Annual report on the working of the mental hospitals in the Madras Presidency - 1912-1932
Year: 1912
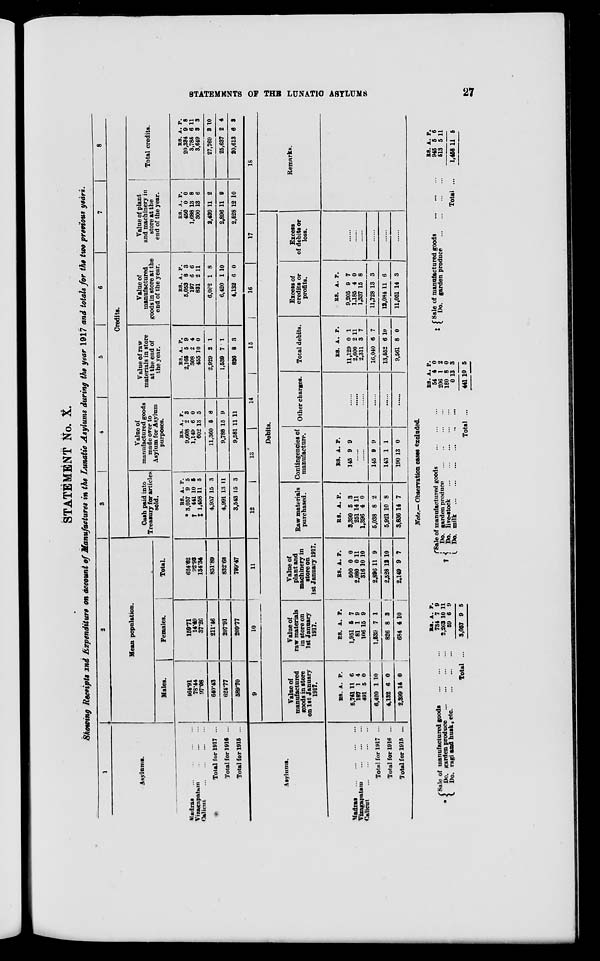
STATEMENTS OF THE LUNATIC ASYLUMS
27
STATEMENT No. X.
Showing Receipts and Expenditure on account of Manufactures in the Lunatic Asylums during the year 1917 and totals for the two previous years.
1
Asylums.
Madras
...
...
...
...
Vizagapatam
...
...
...
Calicut
...
...
...
...
Total for 1917 ...
Total for 1916 ...
Total for 1915 ...
2
Mean population.
Males.
464.91
78.44
97.08
640.43
624.77
589.70
Females.
159.71
14.49
37.26
211.46
207.91
209.77
Total.
624.62
92.98
134.34
851.89
832.68
799.47
3
4
5
6
7
8
Credits.
Cash paid into
Treasury for articles
sold.
RS.
* 3,057
† 441
‡ 1,458
4,957
4,991
3,543
A.
9
10
11
15
13
15
P.
5
5
5
3
11
3
Value of
manufactured goods
made over to
Asylum for Asylum
purposes.
RS.
9,608
1,149
602
11,360
9,788
9,581
A.
2
6
13
5
15
11
P.
3
0
5
8
9
11
Value of raw
materials in store
at the end of
the year.
RS.
2,165
308
455
2,929
1,539
826
A.
5
2
10
2
7
8
P.
9
4
0
1
1
3
Value of
manufactured
goods in store at the
end of the year.
RS.
5,053
197
831
6,082
6,420
4,132
A.
8
6
2
1
1
6
P.
3
6
11
8
10
0
Value of plant
and machinery in
store at the
end of the year.
RS.
450
1,688
300
2,439
2,896
2,528
A.
0
13
13
11
11
12
P.
0
8
6
2
9
10
Total credits.
RS.
20,334
3,785
3,649
27,769
25,637
20,613
A.
9
6
3
3
2
6
P.
8
11
3
10
4
3
Asylums.
Madras ... ... ... ...
Vizagapatam ... ... ...
Calicut ... ... ... ...
Total for 1917 ...
Total for 1916 ...
Total for 1915 ...
9
10
11
12
13
14
15
16
17
Debits.
Value of
manufactured
goods in store
on 1st January
1917.
RS.
5,741
187
491
6,420
4,132
2,399
A.
11
1
5
1
6
14
P.
6
4
0
10
0
0
Value of
raw materials
in store on
1st January
1917.
RS.
1,951
81
106
1,539
826
684
A.
5
1
15
7
8
4
P.
7
9
9
1
3
10
Value of
plant and
machinery in
store on
1st January 1917.
RS.
500
2,080
316
2,896
2,528
2,149
A.
0
0
10
11
12
9
P.
0
11
10
9
10
7
Raw materials
purchased.
RS.
3,390
251
1,396
5,038
5,921
3,836
A.
5
14
4
8
10
14
P.
3
11
0
2
8
7
Contingencies of
manufacture.
RS.
145
A.
9
P.
9
......
......
145
143
190
9
1
13
9
1
0
Other charges.
......
......
......
......
......
......
Total debits.
RS.
11,129
2,600
2,311
16,040
13,552
9,561
A.
0
2
3
6
6
8
P.
1
11
7
7
10
0
Excess of
credits or
profits.
RS.
9,205
1,185
1,337
11,728
12,084
11,051
A.
9
4
15
13
11
14
P.
7
0
8
3
6
3
Excess
of debits or
loss.
......
......
......
......
......
......
18
Remarks.
Note.— Observation cases excluded.
Sale of manufactured goods
...
...
...
Do. garden produce
...
...
...
...
Do. ragi and husk, etc.
...
...
...
Total ...
RS.
734
2,263
59
3,057
A.
7
10
6
9
P.
9
11
9
5
† Sale of manufactured goods ... ... ...
Do. garden produce ... ... ... ...
Do. five-stock ... ... ... ... ...
Do. milk ... ... ... ... ... ...
Total ...
RS.
54
206
180
0
441
A.
4
1
8
13
10
P.
0
2
0
3
5
‡ Sale of manufactured goods ... ... ...
Do. garden produce
...
...
...
...
Total ...
RS.
945
513
1,458
A.
5
5
11
P.
6
11
5